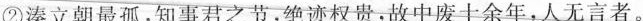
②溱立朝最孤，知事君之节，绝迹权贵，故中废十余年，人无言者。